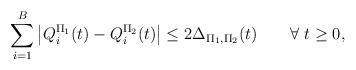
LaTeX: \begin{align*}\sum_{i=1}^B \big|Q_i^{\Pi_1}(t)-Q_i^{\Pi_2}(t)\big|\leq 2\Delta_{\Pi_1,\Pi_2}(t)\qquad\forall\ t\geq 0,\end{align*}